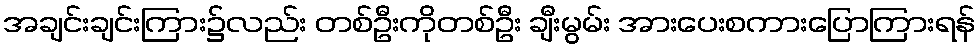
အချင်းချင်းကြား၌လည်း တစ်ဦးကိုတစ်ဦး ချီးမွမ်း အားပေးစကားပြောကြားရန်